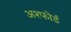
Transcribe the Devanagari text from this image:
अश्फोर्ड